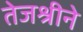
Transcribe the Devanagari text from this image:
तेजश्रीने